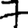
Digit: 7